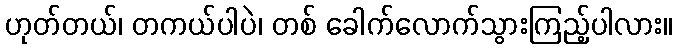
ဟုတ်တယ်၊ တကယ်ပါပဲ၊ တစ် ခေါက်လောက်သွားကြည့်ပါလား။